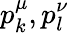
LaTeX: p_{k}^{\mu},p_{l}^{\nu}